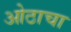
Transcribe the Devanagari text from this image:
ओठाचा